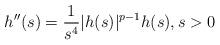
LaTeX: \begin{align*} h''(s)=\frac{1}{s^4}|h(s)|^{p-1}h(s),s>0\end{align*}